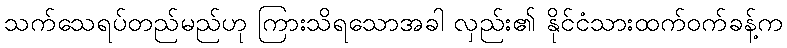
သက်သေရပ်တည်မည်ဟု ကြားသိရသောအခါ လှည်း၏ နိုင်ငံသားထက်ဝက်ခန့်က